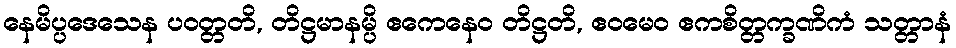
နေမိပ္ပဒေသေန ပဝတ္တတိ, တိဋ္ဌမာနမ္ပိ ဧကေနေဝ တိဋ္ဌတိ, ဧဝမေဝ ဧကစိတ္တက္ခဏိကံ သတ္တာနံ